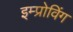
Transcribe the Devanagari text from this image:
इम्प्रोविंग